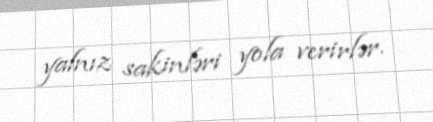
yalnız sakinləri yola verirlər.